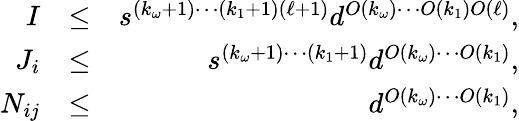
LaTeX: \begin{array}{rlr}{I}&{\leq}&{s^{(k_{\omega}+1)\cdots(k_{1}+1)(\ell+1)}d^{O(k_{\omega})\cdots O(k_{1})O(\ell)},}\\ {J_{i}}&{\leq}&{s^{(k_{\omega}+1)\cdots(k_{1}+1)}d^{O(k_{\omega})\cdots O(k_{1})},}\\ {N_{ij}}&{\leq}&{d^{O(k_{\omega})\cdots O(k_{1})},}\end{array}